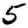
Digit: 5